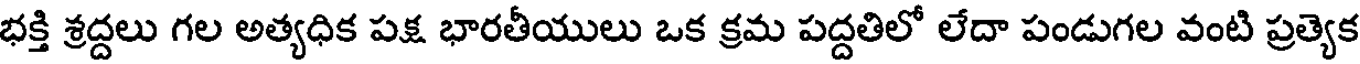
భక్తి శ్రద్దలు గల అత్యధిక పక్ష భారతీయులు ఒక క్రమ పద్దతిలో లేదా పండుగల వంటి ప్రత్యెక